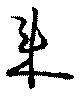
来